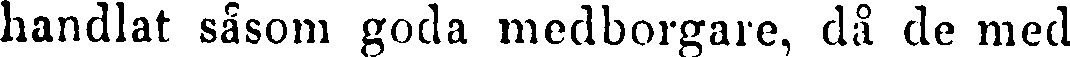
handlat såsom goda medborgare, då de med